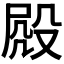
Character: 𣪍